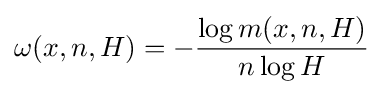
\omega (x,n,H)=-{\frac {\log m(x,n,H)}{n\log H}}